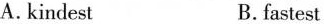
A.kindest B.fastest